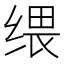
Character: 𦈓